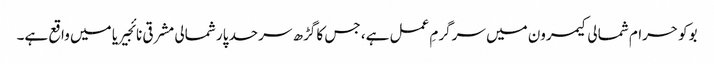
بوکو حرام شمالی کیمرون میں سرگرمِ عمل ہے، جس کا گڑھ سرحد پار شمالی مشرقی نائجیریا میں واقع ہے۔